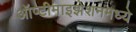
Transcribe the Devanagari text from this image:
ऑप्टीमाइझेशनमध्ये